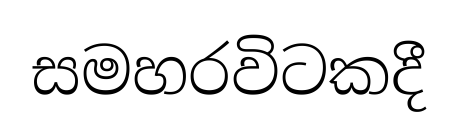
සමහරවිටකදී